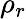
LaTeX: \rho_{r}